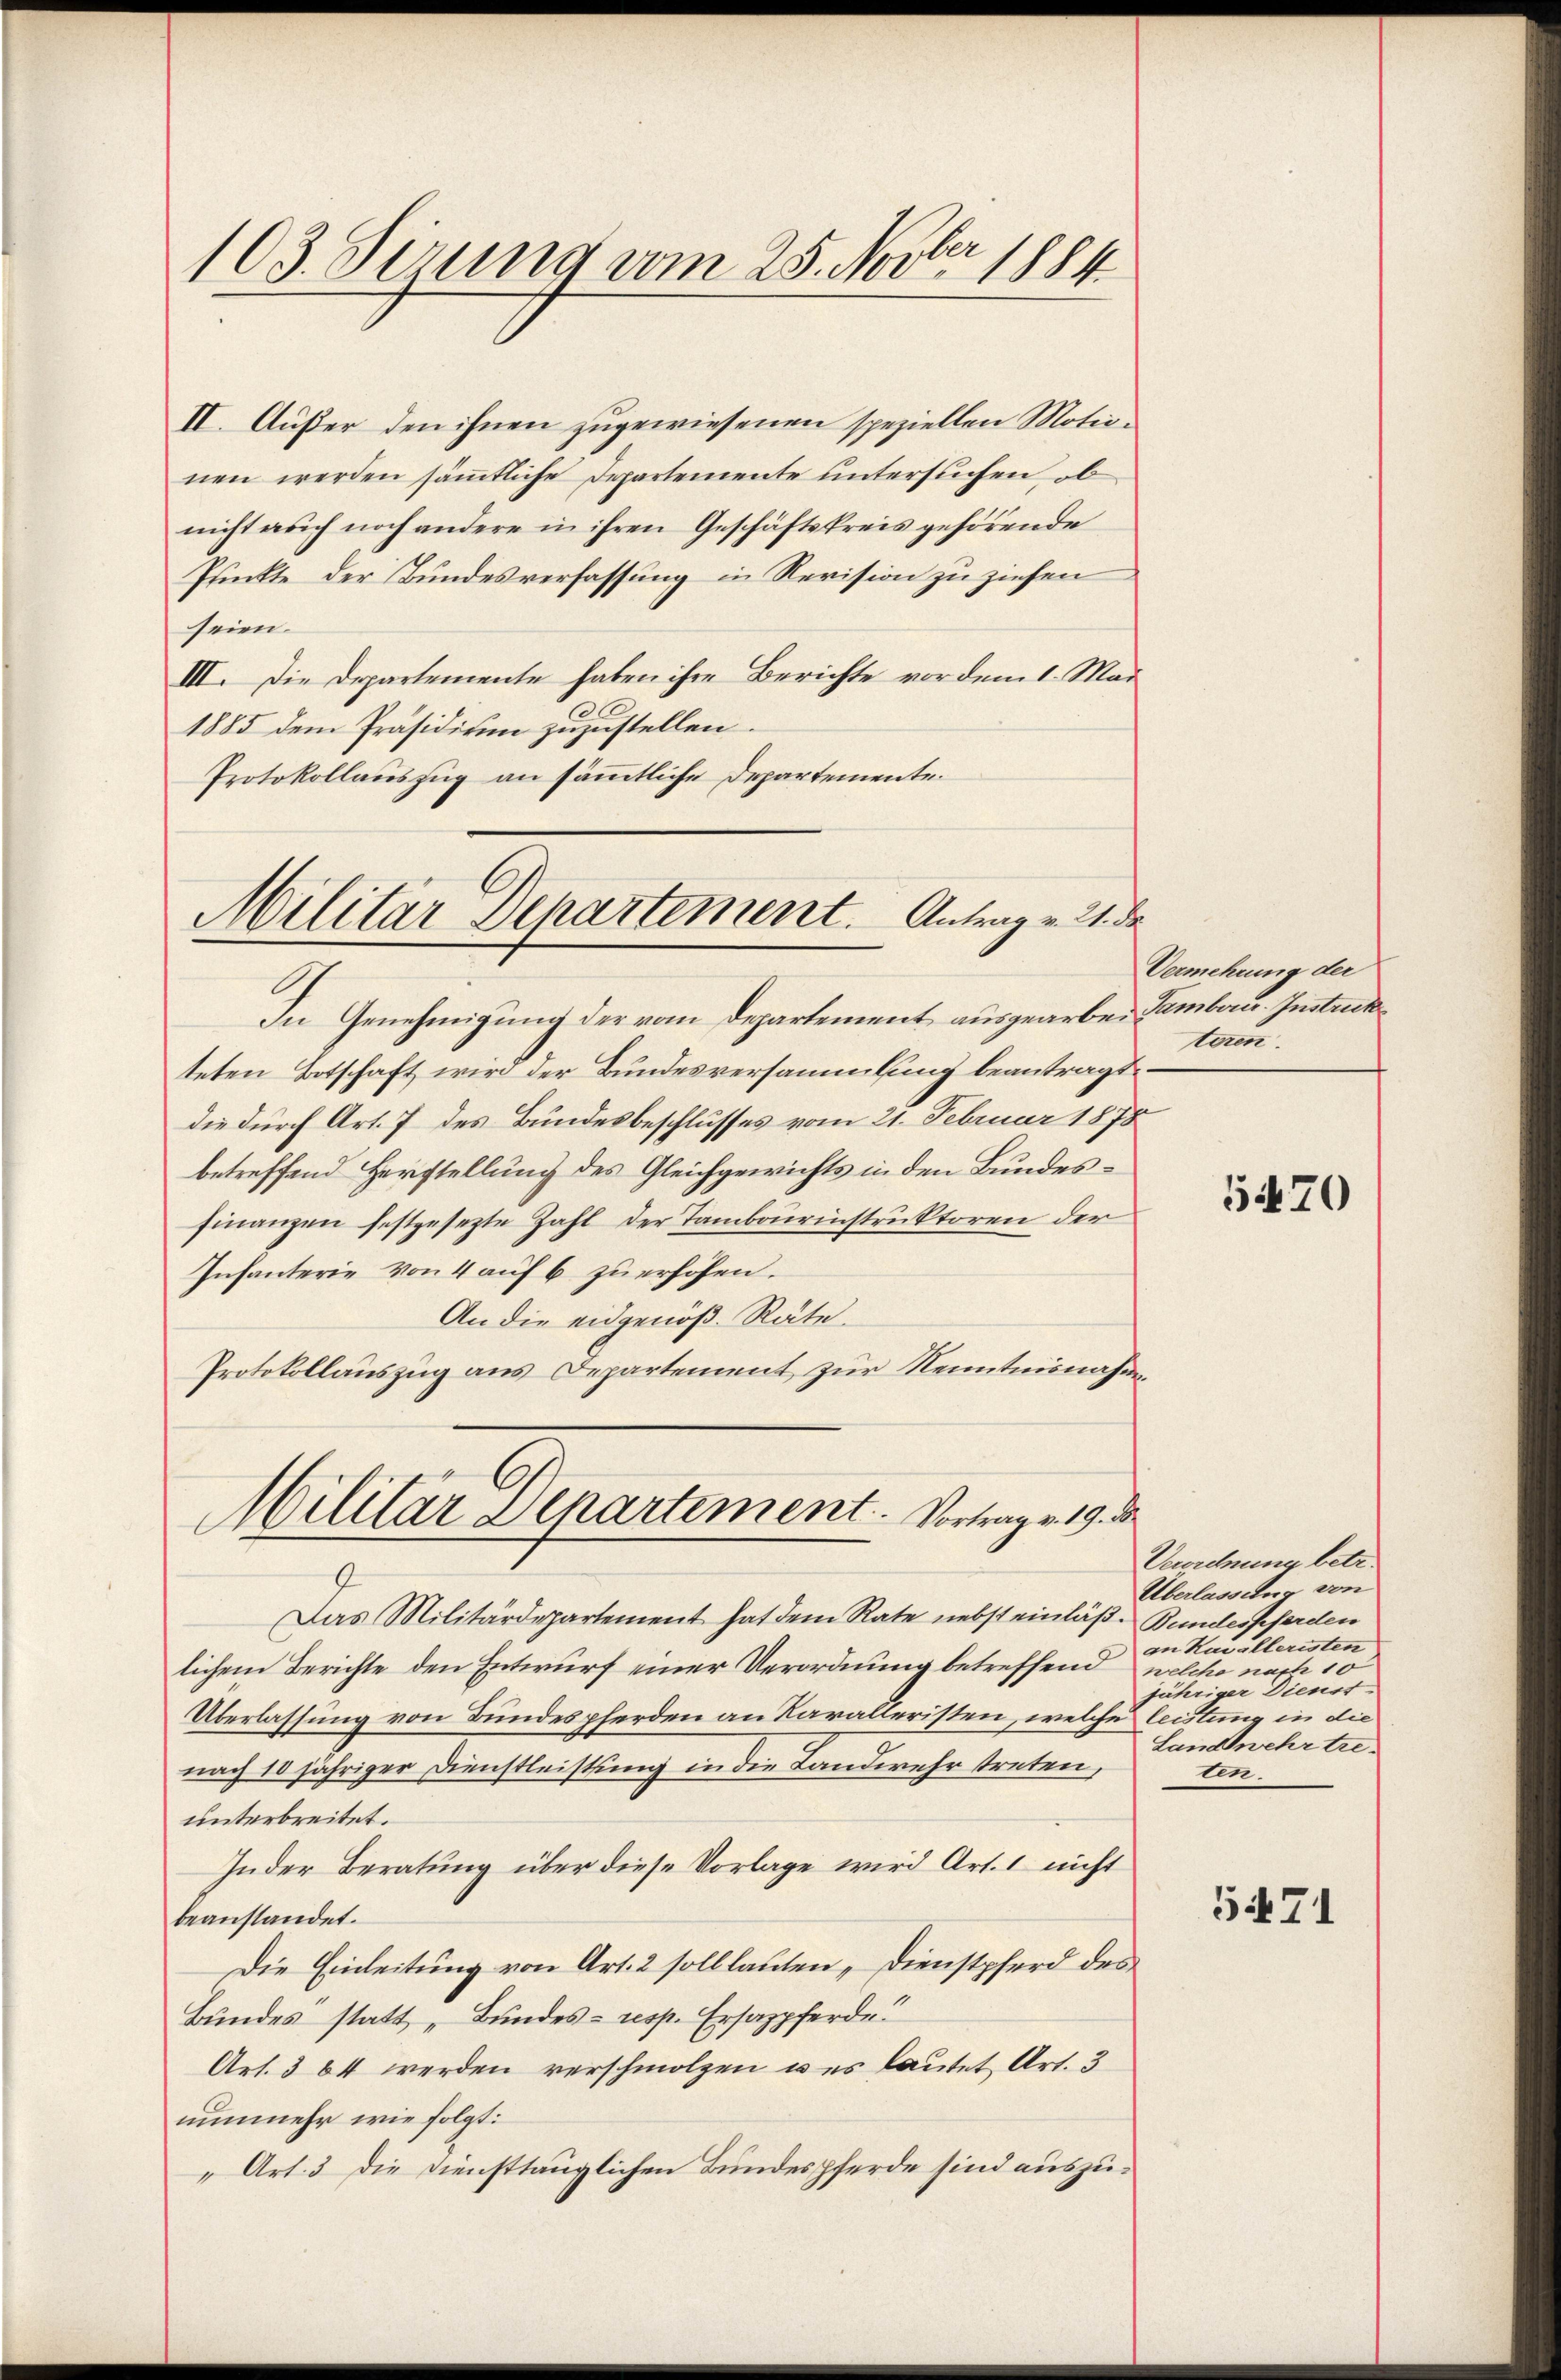
103. Serung vom 25. Novbr 1884

II. Außer den ihnen zugewiesenen speziellen Motionen werden sämtliche Departemente untersuchen, ob
nicht auch noch andere in ihren Geschäftskreis gehörende
Punkte der Bundesverfassung in Revision zu ziehen
seien.
III. Die Departemente haben ihre Berichte vor dem 1. Mai
1885 dem Präsidium zuzustellen.
Protokollauszug an sämmtliche Departemente.

Militar Departement. Antrag v. 21. de

In Genehmigung der vom Departement ausgearbe tember Instruck
teten Botschaft wird der Bundesversammlung beantragt.
die durch Art. 7 des Bundesbeschlusses vom 21. Februar 1878
betreffend Herstellung des Gleichgewichts in den Bundesfinanzen festgesezte Zahl der Tambourinstruktoren der
Infanterie von 4 auf 6 zŭ erhöhen.
An die eidgenöß. Räte.
Protokollauszug aus Departement zur Kenntnisnahm,

Militar Departement. Vortrag v. 19. d.

Das Militärdepartement hat dem Rate nebst einläß- Bundespferden
lichem Berichte den Entwurf einer Verordnung betreffend welche nach 10
Überlassung von Bundespferden an Karalleristen, welche leistung in die
nach 10 jähriger Dienstleistung in die Landwehr treten,
unterbreitet.
Inder Beratung über diese Vorlage wird Art. 1 nicht
beanstandet.
Die Einleitung von Art. 2 soll lauten, Dienstpferd des
Bundes statt „Bundes- resp. Ersazpferde
Art. 364 werden verschmolzen wes lautet Art. 3
nunmehr wie folgt:
„Art. 3 die Diensttauglichen Bundespferde sind auszu¬

Vermehrung der
teren.

5470

Verehrung betr.
Überlassung von
an Kavalleristen
jähriger Dienst
Landwehrtre
ten.

5471